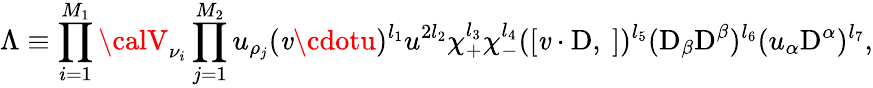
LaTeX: \Lambda\equiv\prod_{i=1}^{M_{1}}{\calV}_{\nu_{i}}\prod_{j=1}^{M_{2}}u_{\rho_{j}}(\mathit{v}\cdotu)^{l_{1}}u^{2l_{2}}\chi_{+}^{l_{3}}\chi_{-}^{l_{4}}([\mathit{v}\cdot\mathrm{{D}},\ ])^{l_{5}}(\mathrm{{D}}_{\beta}\mathrm{{D}}^{\beta})^{l_{6}}(u_{\alpha}\mathrm{{D}}^{\alpha})^{l_{7}},